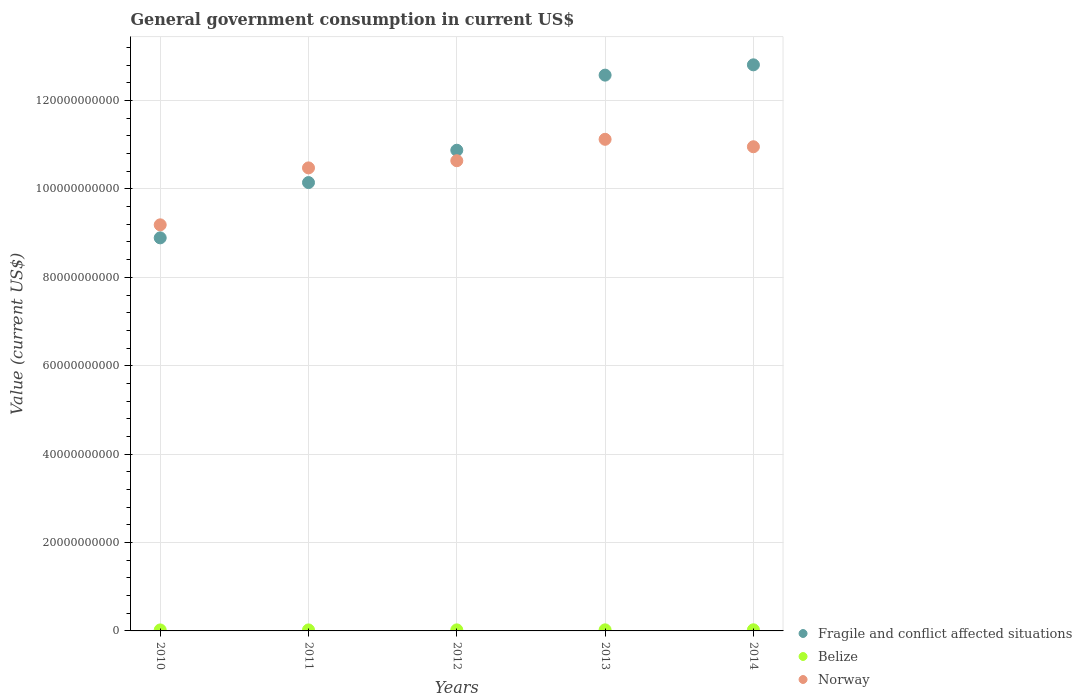
| Years | Fragile and conflict affected situations | Belize | Norway |
 | --- | --- | --- | --- |
 | 2010 | 8.89e+10 | 2.23e+08 | 9.19e+10 |
 | 2011 | 1.01e+11 | 2.29e+08 | 1.05e+11 |
 | 2012 | 1.09e+11 | 2.36e+08 | 1.06e+11 |
 | 2013 | 1.26e+11 | 2.43e+08 | 1.11e+11 |
 | 2014 | 1.28e+11 | 2.55e+08 | 1.1e+11 |